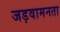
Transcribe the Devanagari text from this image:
जड़वामनता